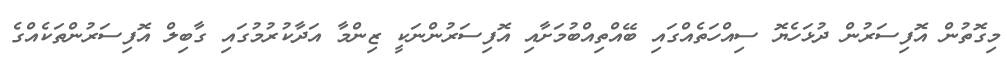
މިގޮތުން އޮފިސަރުން ދުޅަހެޔޮ ސިއްހަތެއްގައި ބޭއްތިއްބުމަށާއި އޮފިސަރުންނަކީ ޒިންމާ އަދާކުރުމުގައި ގާބިލް އޮފިސަރުންތަކެއްގެ